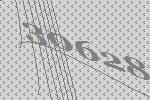
30628